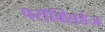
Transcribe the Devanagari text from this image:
परॉक्सिडेज